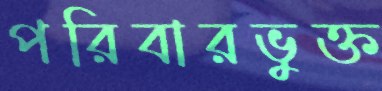
পরিবারভুক্ত